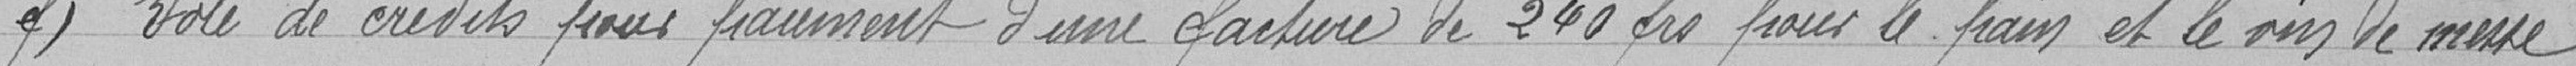
f) Vote de crédits pour paiement de facture de 240 francs pour le pain et le vin de messe